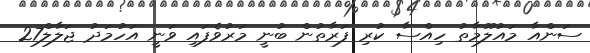
ސަންއާ މައުލޫމާތު ހިއްސާ ކުރި ފަރާތުން ބުނީ މަރުވެފައި ވަނީ އަހުމަދު ޖަލާލް27